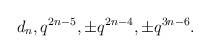
LaTeX: \begin{align*} d_n, q^{2n-5},\pm q^{2n-4}, \pm q^{3n-6}. \end{align*}